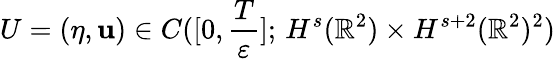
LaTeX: U=(\eta,\mathbf{u})\in C([0,\frac{T}{\varepsilon}];\, H^{s}(\mathbb{R}^{2})\times H^{s+2}(\mathbb{R}^{2})^{2})